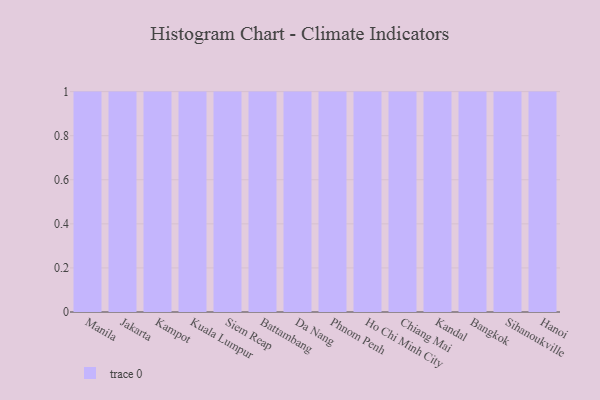
{"axis": {"x": "City", "y": "Customer Acquisition Cost (USD)"}, "legend": [""], "data": [{"x": "Manila", "y": 4, "type": ""}, {"x": "Jakarta", "y": 87, "type": ""}, {"x": "Kampot", "y": 92, "type": ""}, {"x": "Kuala Lumpur", "y": 61, "type": ""}, {"x": "Siem Reap", "y": 95, "type": ""}, {"x": "Battambang", "y": 15, "type": ""}, {"x": "Da Nang", "y": 9, "type": ""}, {"x": "Phnom Penh", "y": 8, "type": ""}, {"x": "Ho Chi Minh City", "y": 21, "type": ""}, {"x": "Chiang Mai", "y": 15, "type": ""}, {"x": "Kandal", "y": 63, "type": ""}, {"x": "Bangkok", "y": 43, "type": ""}, {"x": "Sihanoukville", "y": 73, "type": ""}, {"x": "Hanoi", "y": 25, "type": ""}]}